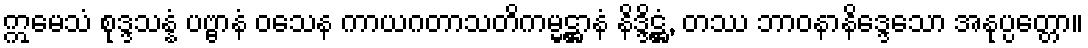
ဣမေသံ စုဒ္ဒသန္နံ ပဗ္ဗာနံ ဝသေန ကာယဂတာသတိကမ္မဋ္ဌာနံ နိဒ္ဒိဋ္ဌံ, တဿ ဘာဝနာနိဒ္ဒေသော အနုပ္ပတ္တော။